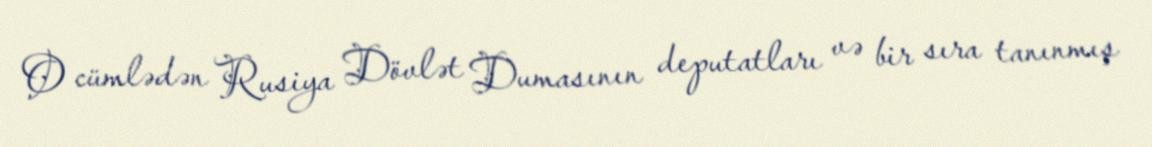
O cümlədən Rusiya Dövlət Dumasının deputatları və bir sıra tanınmış